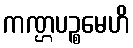
ကဏ္ဌပဉ္စမေဟိ